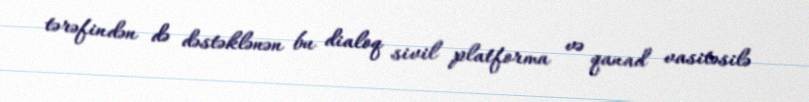
tərəfindən də dəstəklənən bu dialoq sivil platforma və qanad vasitəsilə